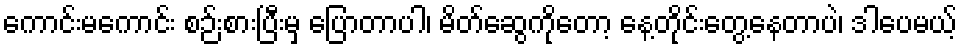
ကောင်းမကောင်း စဉ်းစားပြီးမှ ပြောတာပါ၊ မိတ်ဆွေကိုတော့ နေ့တိုင်းတွေ့နေတာပဲ၊ ဒါပေမယ့်